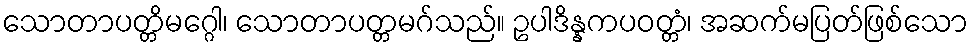
သောတာပတ္တိမဂ္ဂေါ၊ သောတာပတ္တမဂ်သည်။ ဥပါဒိန္နကပဝတ္တံ၊ အဆက်မပြတ်ဖြစ်သော